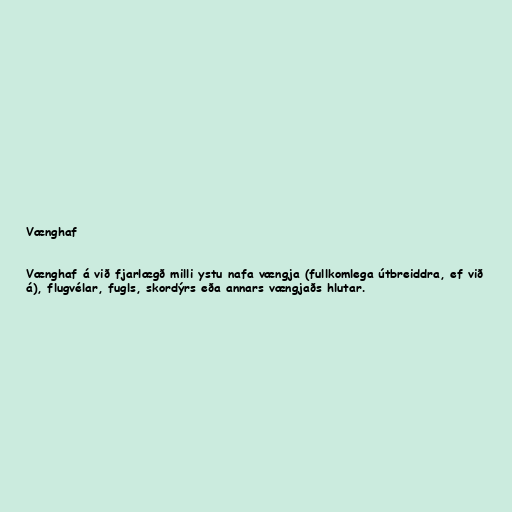
Vænghaf

Vænghaf á við fjarlægð milli ystu nafa vængja (fullkomlega útbreiddra, ef við
á), flugvélar, fugls, skordýrs eða annars vængjaðs hlutar.